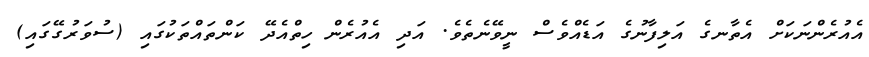
އެއުރެންނަކަށް އެތާނގެ އަލިފާނުގެ އަޑެއްވެސް ނީވޭނެތެވެ. އަދި އެއުރެން ހިތްއެދޭ ކަންތައްތަކުގައި (ސުވަރުގޭގައި)